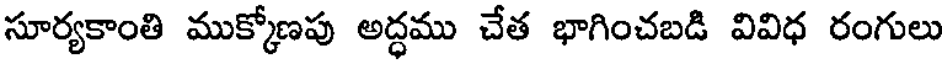
సూర్యకాంతి ముక్కోణపు అద్ధము చేత భాగించబడి వివిధ రంగులు